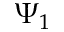
\Psi _ { 1 }